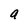
Character: a